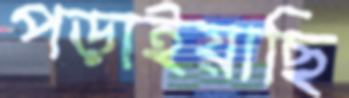
পড়াইয়াছি